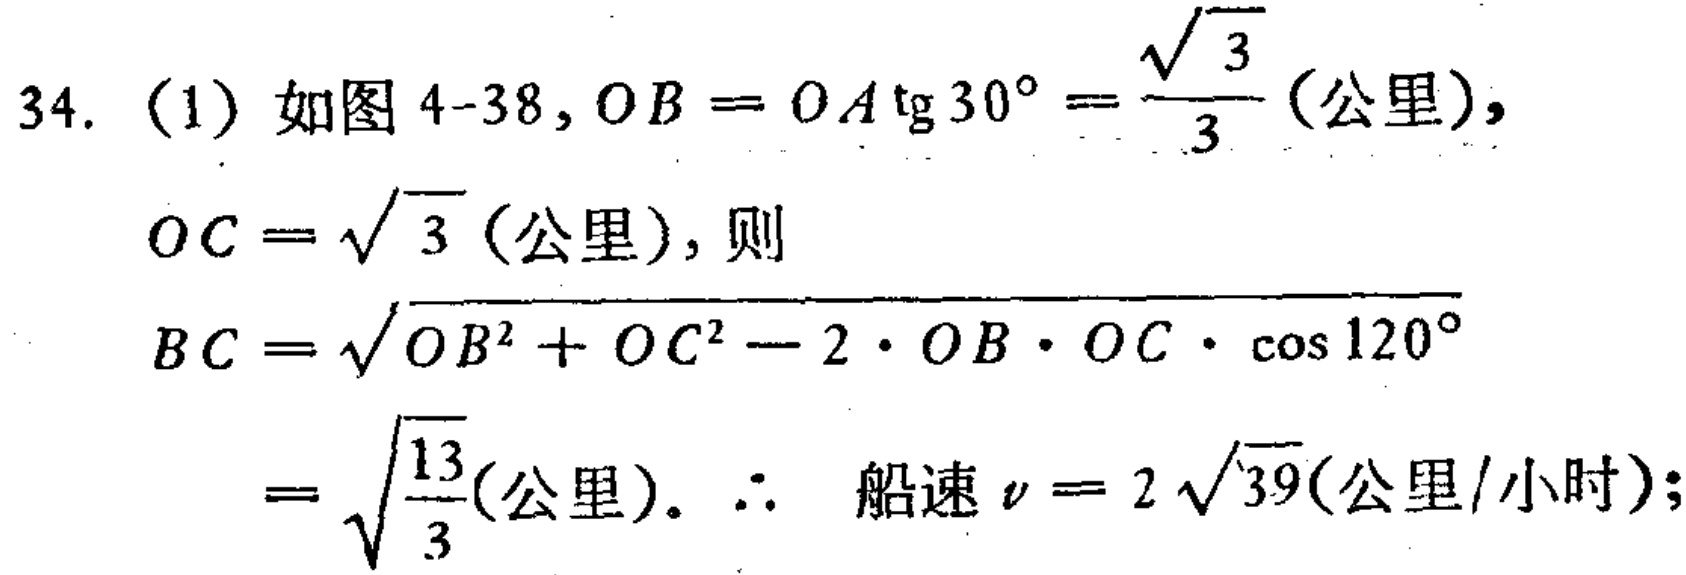
34. (1) 如图 4-38, \(OB = OA\mathrm{tg}30^{\circ}=\frac{\sqrt{3}}{3}\) (公里),
\(OC = \sqrt{3}\) (公里), 则
\[
\begin{align*}
BC&=\sqrt{OB^{2}+OC^{2}-2\cdot OB\cdot OC\cdot\cos120^{\circ}}\\
&=\sqrt{\frac{13}{3}}(\text{公里}).
\end{align*}
\]
\(\therefore\) 船速 \(v = 2\sqrt{39}\) (公里/小时);